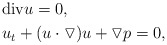
\begin{align*}& \mathrm{div} u=0,\\& u_{t}+(u\cdot\triangledown)u+\triangledown p=0,\end{align*}